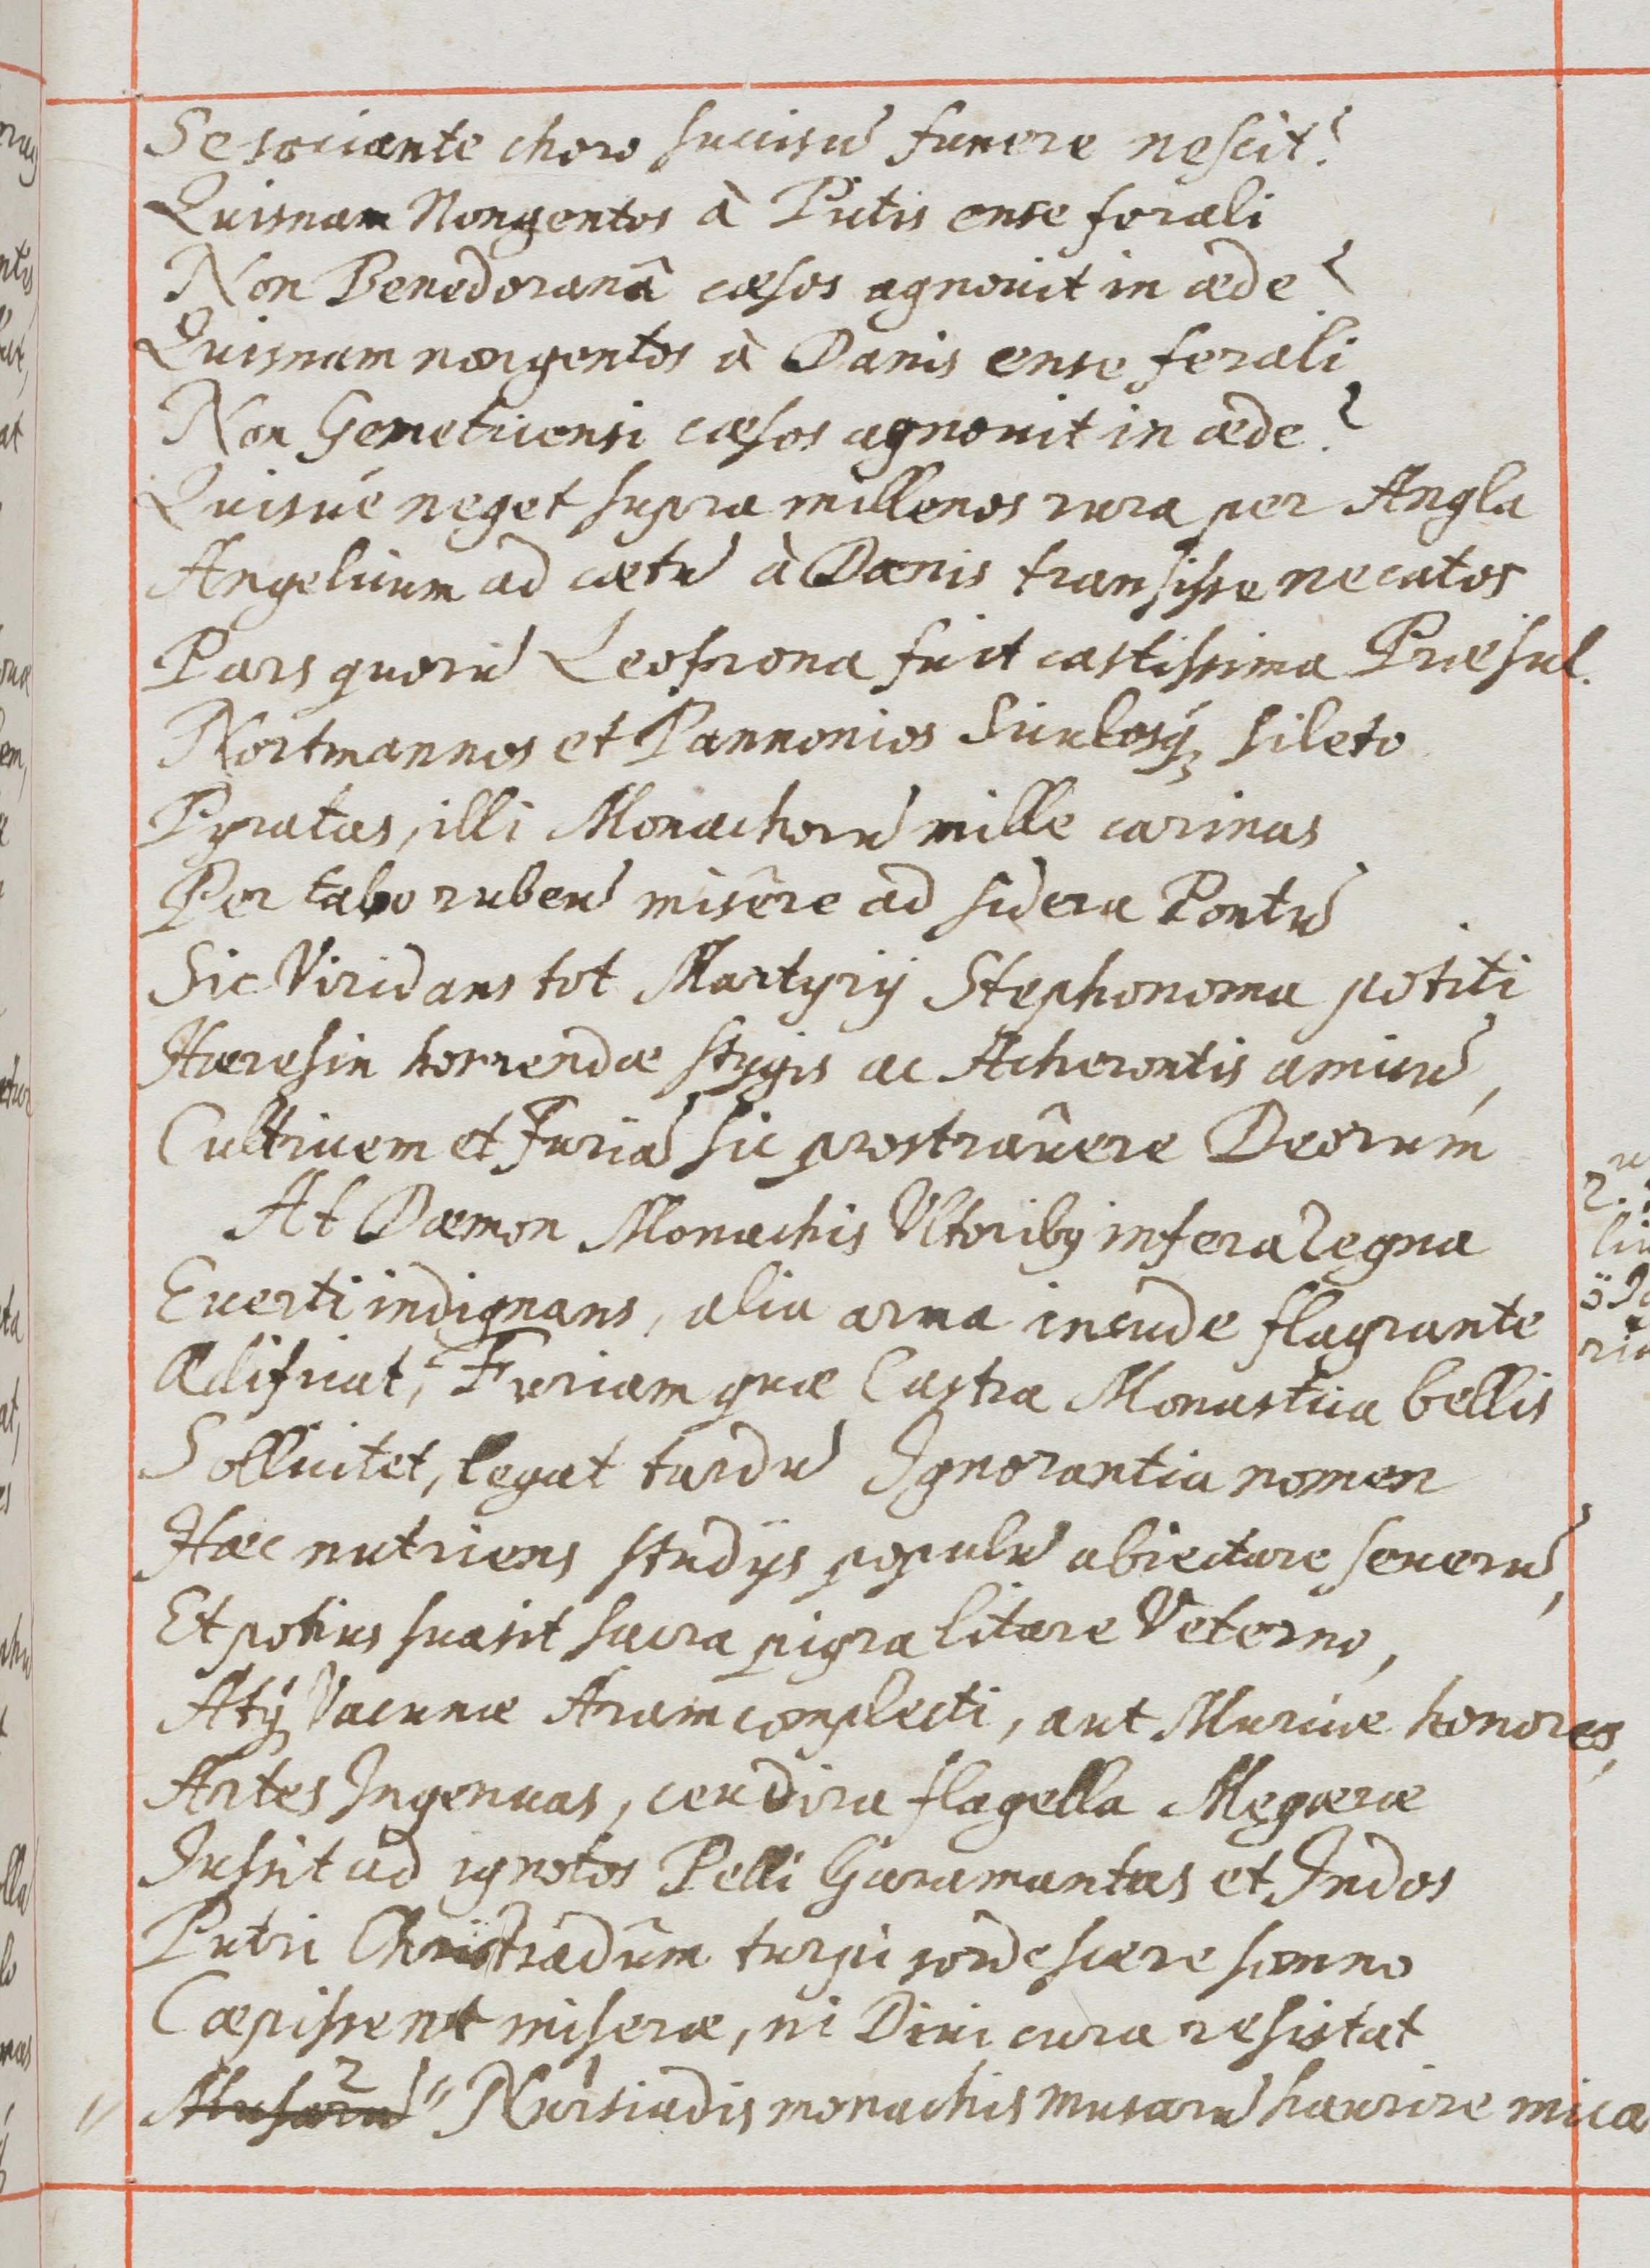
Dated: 1655–1655